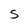
Character: S